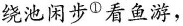
绕池闲步①看鱼游，